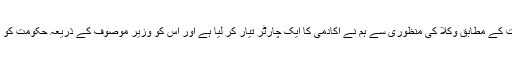
ہماری ضرورت کے مطابق وکلا کی منظوری سے ہم نے اکادمی کا ایک چارٹر تیار کر لیا ہے اور اس کو وزیر موصوف کے ذریعہ حکومت کو پیش کیا جائیگا۔